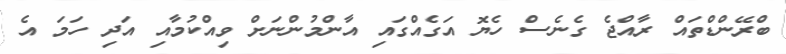
ބްރޭންޑްތައް ރާއްޖެ ގެނެސް ހެޔޮ އަގެއްގައި އާންމުންނަށް ވިއްކުމާއި އަދި ހަމަ އެ